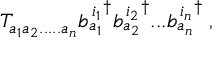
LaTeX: T _ { a _ { 1 } a _ { 2 } . . . . . a _ { n } } { b _ { a _ { 1 } } ^ { \, i _ { 1 } } } ^ { \dagger } { b _ { a _ { 2 } } ^ { \, i _ { 2 } } } ^ { \dagger } . . . { b _ { a _ { n } } ^ { \, i _ { n } } } ^ { \dagger } \: ,